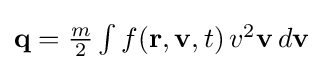
{\textstyle \mathbf {q} ={\frac {m}{2}}\int f(\mathbf {r} ,\mathbf {v} ,t)\,v^{2}\mathbf {v} \,d\mathbf {v} }